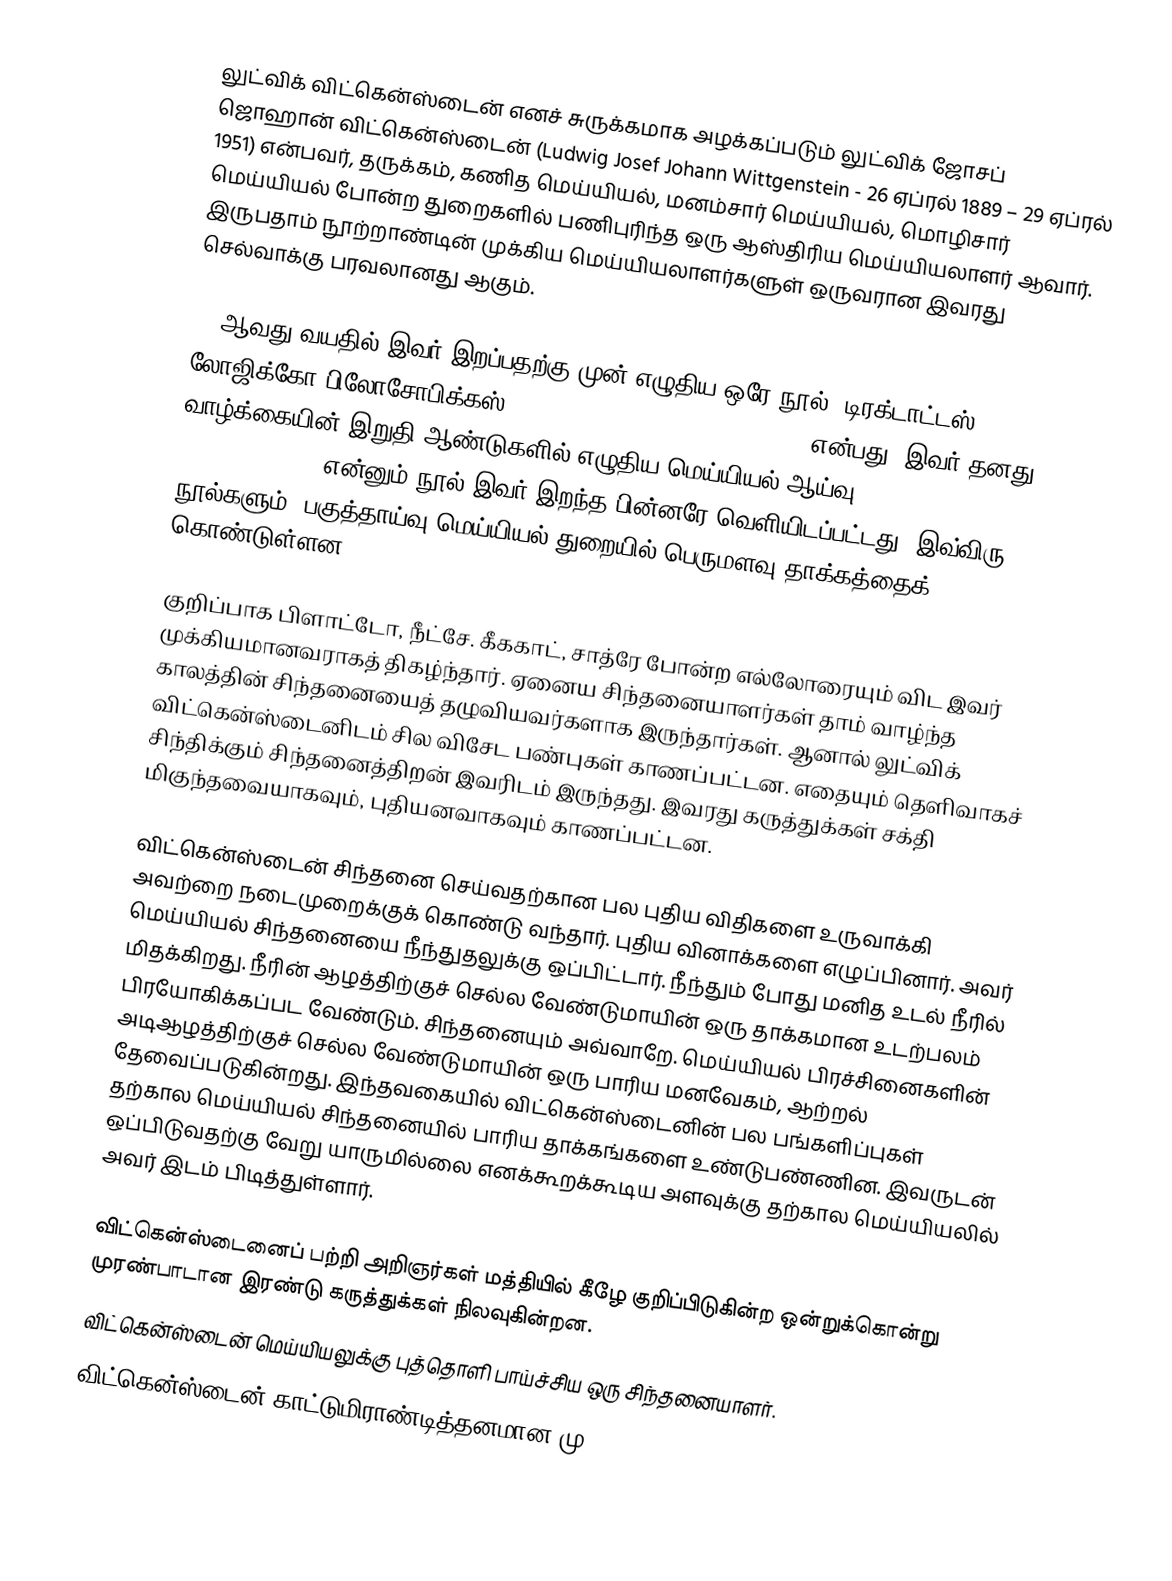
லுட்விக் விட்கென்ஸ்டைன் எனச் சுருக்கமாக அழக்கப்படும் லுட்விக் ஜோசப் ஜொஹான் விட்கென்ஸ்டைன் (Ludwig Josef Johann Wittgenstein - 26 ஏப்ரல் 1889 – 29 ஏப்ரல் 1951) என்பவர், தருக்கம், கணித மெய்யியல், மனம்சார் மெய்யியல், மொழிசார் மெய்யியல் போன்ற துறைகளில் பணிபுரிந்த ஒரு ஆஸ்திரிய மெய்யியலாளர் ஆவார். இருபதாம் நூற்றாண்டின் முக்கிய மெய்யியலாளர்களுள் ஒருவரான இவரது செல்வாக்கு பரவலானது ஆகும்.

62 ஆவது வயதில் இவர் இறப்பதற்கு முன் எழுதிய ஒரே நூல், டிரக்டாட்டஸ் லோஜிக்கோ-பிலோசோபிக்கஸ் (Tractatus Logico-Philosophicus) என்பது. இவர் தனது வாழ்க்கையின் இறுதி ஆண்டுகளில் எழுதிய மெய்யியல் ஆய்வு (Philosophical Investigations) என்னும் நூல் இவர் இறந்த பின்னரே வெளியிடப்பட்டது. இவ்விரு நூல்களும், பகுத்தாய்வு மெய்யியல் துறையில் பெருமளவு தாக்கத்தைக் கொண்டுள்ளன.

குறிப்பாக பிளாட்டோ, நீட்சே. கீககாட், சாத்ரே போன்ற எல்லோரையும் விட இவர் முக்கியமானவராகத் திகழ்ந்தார். ஏனைய சிந்தனையாளர்கள் தாம் வாழ்ந்த காலத்தின் சிந்தனையைத் தழுவியவர்களாக இருந்தார்கள். ஆனால் லுட்விக் விட்கென்ஸ்டைனிடம் சில விசேட பண்புகள் காணப்பட்டன. எதையும் தெளிவாகச் சிந்திக்கும் சிந்தனைத்திறன் இவரிடம் இருந்தது. இவரது கருத்துக்கள் சக்தி மிகுந்தவையாகவும், புதியனவாகவும் காணப்பட்டன.

விட்கென்ஸ்டைன் சிந்தனை செய்வதற்கான பல புதிய விதிகளை உருவாக்கி அவற்றை நடைமுறைக்குக் கொண்டு வந்தார். புதிய வினாக்களை எழுப்பினார். அவர் மெய்யியல் சிந்தனையை நீந்துதலுக்கு ஒப்பிட்டார். நீந்தும் போது மனித உடல் நீரில் மிதக்கிறது. நீரின் ஆழத்திற்குச் செல்ல வேண்டுமாயின் ஒரு தாக்கமான உடற்பலம் பிரயோகிக்கப்பட வேண்டும். சிந்தனையும் அவ்வாறே. மெய்யியல் பிரச்சினைகளின் அடிஆழத்திற்குச் செல்ல வேண்டுமாயின் ஒரு பாரிய மனவேகம், ஆற்றல் தேவைப்படுகின்றது. இந்தவகையில்  விட்கென்ஸ்டைனின் பல பங்களிப்புகள் தற்கால மெய்யியல் சிந்தனையில் பாரிய தாக்கங்களை உண்டுபண்ணின. இவருடன் ஒப்பிடுவதற்கு வேறு யாருமில்லை எனக்கூறக்கூடிய அளவுக்கு தற்கால மெய்யியலில் அவர் இடம் பிடித்துள்ளார்.

விட்கென்ஸ்டைனைப் பற்றி அறிஞர்கள் மத்தியில் கீழே குறிப்பிடுகின்ற ஒன்றுக்கொன்று முரண்பாடான இரண்டு கருத்துக்கள் நிலவுகின்றன.
 விட்கென்ஸ்டைன் மெய்யியலுக்கு புத்தொளி பாய்ச்சிய ஒரு சிந்தனையாளர்.
 விட்கென்ஸ்டைன் காட்டுமிராண்டித்தனமான மு